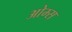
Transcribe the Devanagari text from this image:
ओम्स